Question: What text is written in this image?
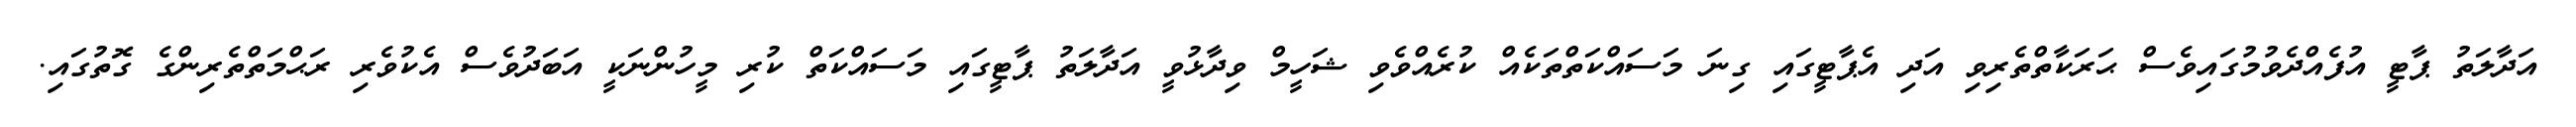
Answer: އަދާލަތު ޕާޓީ އުފެއްދެވުމުގައިވެސް ޙަރަކާތްތެރިވި އަދި އެޕާޓީގައި ގިނަ މަސައްކަތްތަކެއް ކުރެއްވެވި ޝަހީމް ވިދާޅުވީ އަދާލަތު ޕާޓީގައި މަސައްކަތް ކުރި މީހުންނަކީ އަބަދުވެސް އެކުވެރި ރަޙްމަތްތެރިންގެ ގޮތުގައި.